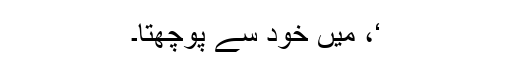
‘، میں خود سے پوچھتا۔